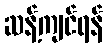
ဆန့်ကျင်ရန်